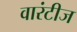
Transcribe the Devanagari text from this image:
वारंटीज